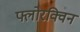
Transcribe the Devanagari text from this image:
फ्लोरक्विन